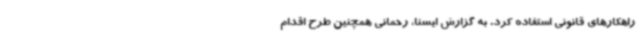
راهکارهای قانونی استفاده کرد. به گزارش ایسنا، رحمانی همچنین طرح اقدام